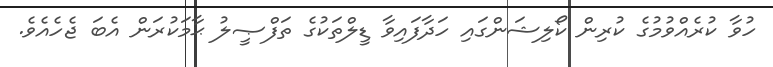
ހުވާ ކުރެއްވުމުގެ ކުރިން ކޯލިޝަންގައި ހަދާފައިވާ ޑީލްތަކުގެ ތަފްޞީލު ޙާމަކުރަން އެބަ ޖެހެއެވެ.